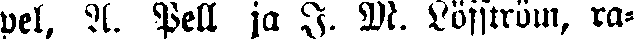
pel, A. Pell ja I. M. Löfström, ra-